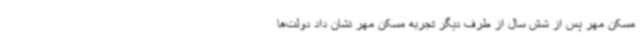
مسکن مهر پس از شش سال از طرف دیگر تجربه مسکن مهر نشان داد دولت‌ها